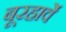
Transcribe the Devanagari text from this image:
बूरहार्वे